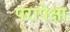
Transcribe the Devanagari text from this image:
परापेक्षा